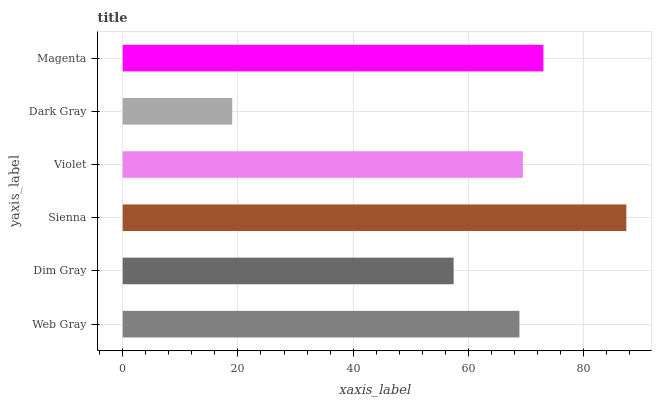
| yaxis_label | bars |
 | --- | --- |
 | Web Gray | 68.9 |
 | Dim Gray | 57.4 |
 | Sienna | 87.4 |
 | Violet | 69.5 |
 | Dark Gray | 19 |
 | Magenta | 73 |